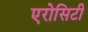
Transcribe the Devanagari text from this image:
एरोसिटी